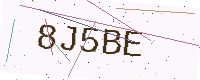
Text: 8J5BE